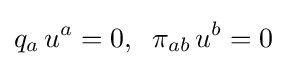
q_{a}\,u^{a}=0,\;\;\pi _{ab}\,u^{b}=0